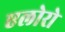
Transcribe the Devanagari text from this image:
एलोरो